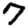
Digit: 7